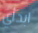
ابدأي